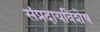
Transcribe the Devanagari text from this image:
संप्रदायविशेष